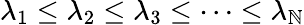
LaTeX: \lambda_{1}\leq\lambda_{2}\leq\lambda_{3}\leq\dots\leq\lambda_{\mathbb{N}}